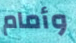
وأمام